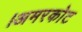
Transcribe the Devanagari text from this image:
।अमरकोट